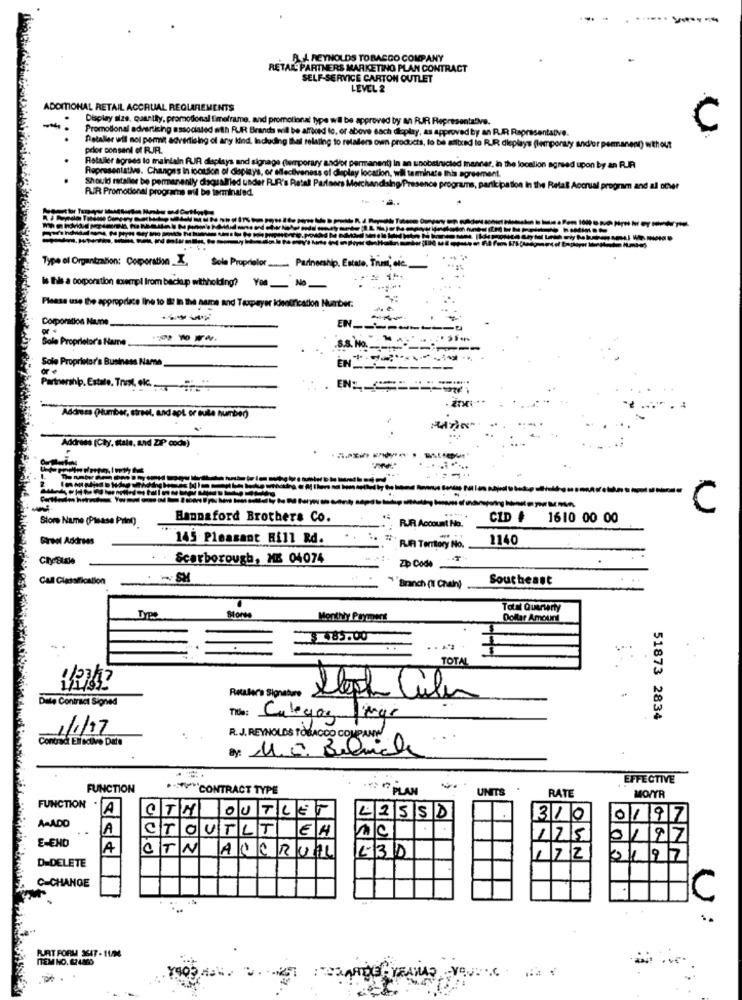
A. J. REYNOLDS TOBACCO COMPANY
RETAIL PARTNERS MARKETING PLAN CONTRACT
SELF-SERVICE CARTON OUTLET
LEVEL 2
ADDITIONAL RETAIL ACCRUAL REQUIREMENTS
.
Display size. quantty, promotional timeframe, and promotional
Promotional advertizing associated with R.IR Brands will be afford to, or above each display, as approved by an R.R Representative.
C
prior consent of RJJR.
Detaller wil not pomit advertising of any kind, Including thel relating to retailer ovn products, to be atited to R.R dieplays (temporary and/or permanent) without
.
Retailer agrees to maintain PUR displays and signage (temporary and/or permanent) In an unobstructed manner, in the localion agreed upon by an RUIR
Representative. Changes In ioalso
Nucled manner, in the localion agreed upon by an RUA
ess of diaplay location, wil son
Should rataller be permanently disqualified under RIR's Retal
PUR Promotional programs mil be terminated.
ang Presence
ams, parik ipation in the Retal Accrual program and all other
----
Type el Organitzabon: Corporation_X, Sole Proprietor ...... Partnership, Estate, Trum, etc.
is this a corporation scampi from backup withholding? You No
Please use the appropriate line to Il: In the name and Taxpayer identification Number:
Corporation Name _.
--
EN ___
Sole Proprietor's Name : 10 .
S. NO.
Sole Proprietor's Business Name
EN
Partnership. Estale, Trust, ok ....... .
EN: **
-Address Plumber, street, and apt or cute number)
Address (Cay, stale, and ZIP code)
- C
Store Name (Please Print)
Hannaford Brothers Co.
CID # 1610 00 00
RUA Account No.
Girsol Address
145 Pleasant Hill Rd.
BUR Tonary No.
1140
Scarborough, ME 04074
Zip Code .
Call Classification
Southeast
""Branch (I Chain)
Monthly Prymmens
Dollar Amount
.. $ 385.00
TOTAL
Dale Contract Signed
Retaler's Signature
Tids: Calegoe mgr
51873 2834
1/1/17
Contradi Ellaolive Date
R.J. REYNOLDS TOBACCO COMPANY
EFFECTIVE
FUNCTION
*** CONTRACT TYPE
" PLAN
UNITS
RATE
MO/YR
FUNCTION .
A
CTH OUTLET
ASADO
4255D
310
0197
A
CTOUTLT EA
10
E-END
125
0197
A
CTN ACCRUIL
172
0197
D-DELETE
C-CHANGE
C
PURT FORM 3647-11/04
ITEM NO. 624860